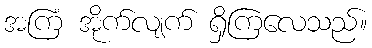
အကြံ အိုက်လျက် ရှိကြလေသည်။